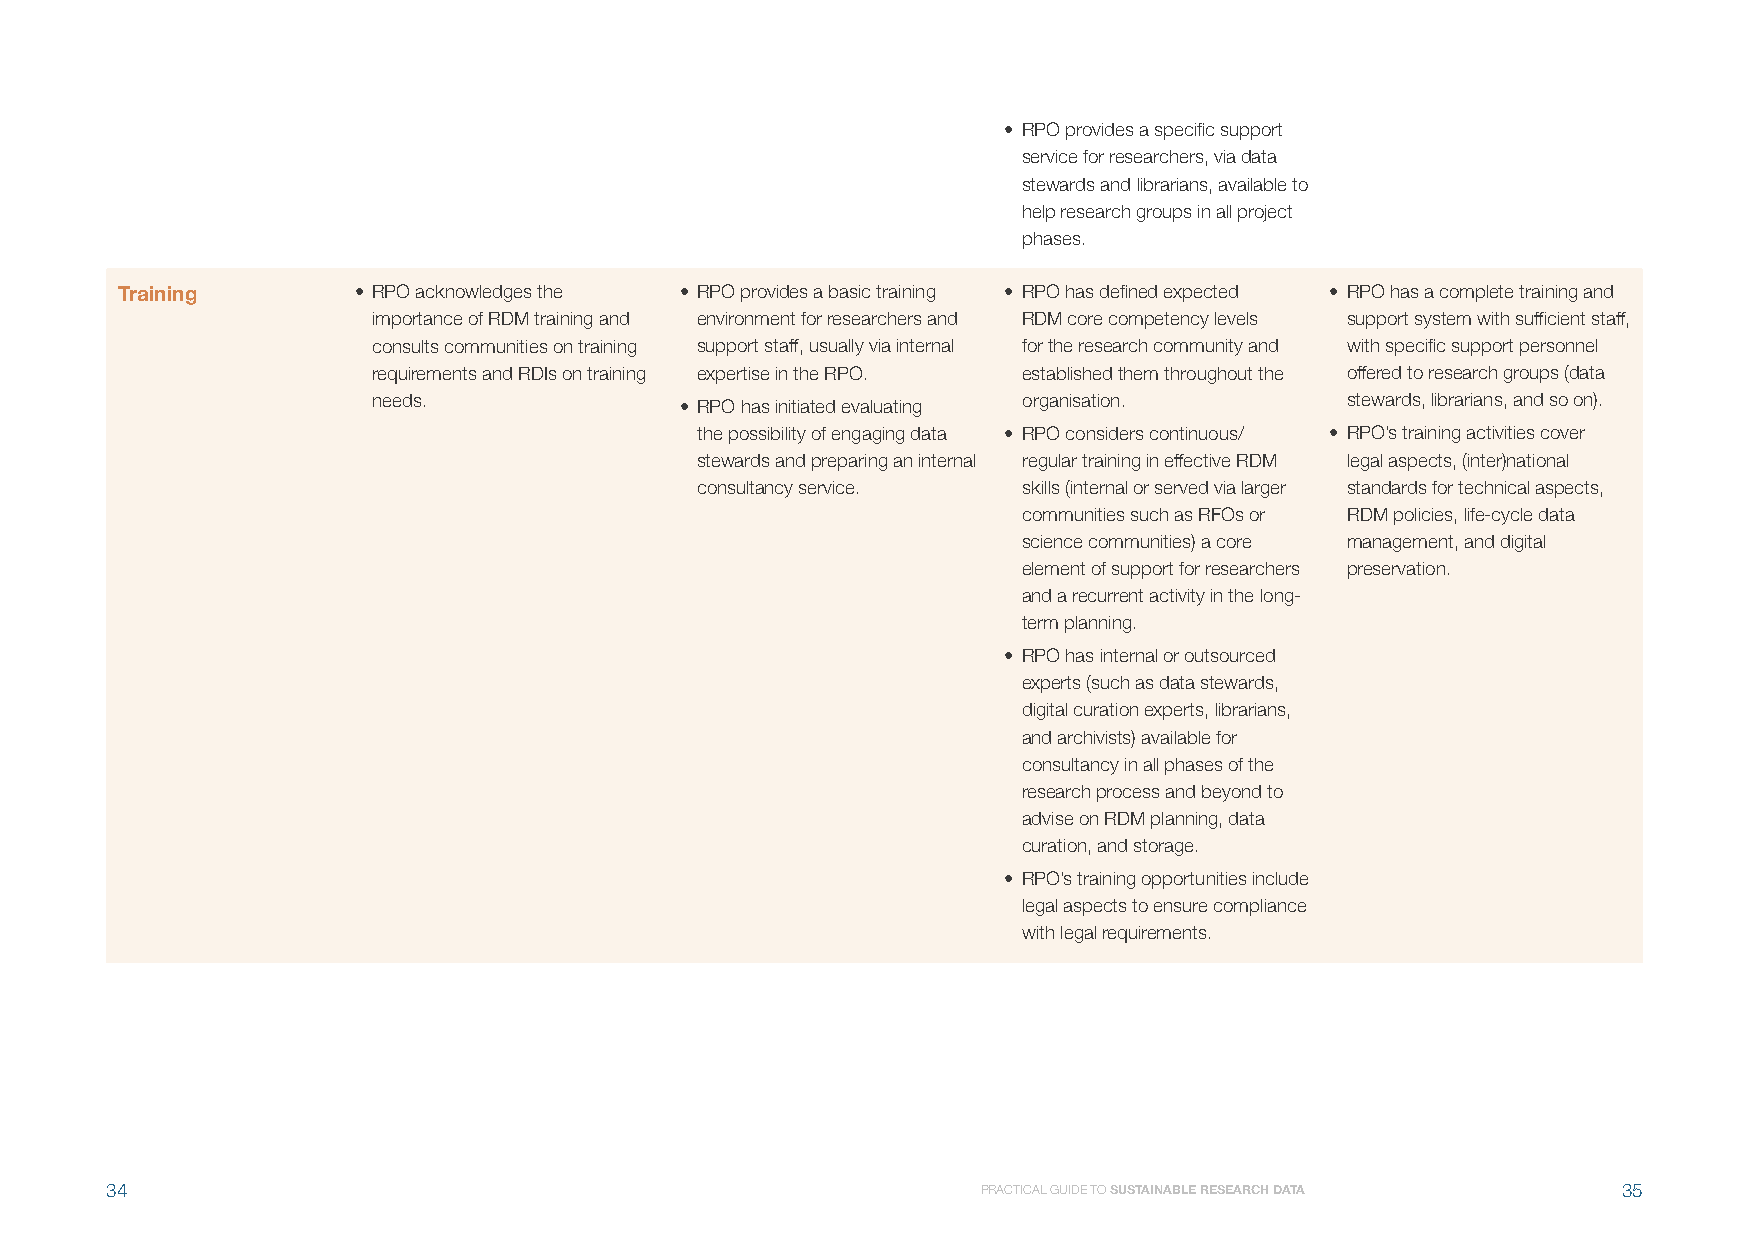
• RPO provides a specific support
 service for researchers, via data
 stewards and librarians, available to
 help research groups in all project
 phases.
 Training       • RPO acknowledges the • RPO provides a basic training • RPO has defined expected • RPO has a complete training and
 importance of RDM training and environment for researchers and RDM core competency levels support system with sufficient staff,
 consults communities on training support staff, usually via internal for the research community and with specific support personnel
 requirements and RDIs on training expertise in the RPO. established them throughout the offered to research groups (data
 needs.              • RPO has initiated evaluating organisation. stewards, librarians, and so on).
 the possibility of engaging data • RPO considers continuous/ • RPO’s training activities cover
 stewards and preparing an internal regular training in effective RDM legal aspects, (inter)national
 consultancy service.  skills (internal or served via larger standards for technical aspects,
 communities such as RFOs or RDM policies, life-cycle data
 science communities) a core management, and digital
 element of support for researchers preservation.
 and a recurrent activity in the long-
 term planning.
 • RPO has internal or outsourced
 experts (such as data stewards,
 digital curation experts, librarians,
 and archivists) available for
 consultancy in all phases of the
 research process and beyond to
 advise on RDM planning, data
 curation, and storage.
 • RPO’s training opportunities include
 legal aspects to ensure compliance
 with legal requirements.
 34                                                        PRACTICAL GUIDE TO SUSTAINABLE RESEARCH DATA 35